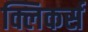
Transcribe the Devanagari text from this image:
क्लिकर्स